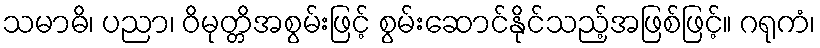
သမာဓိ၊ ပညာ၊ ဝိမုတ္တိအစွမ်းဖြင့် စွမ်းဆောင်နိုင်သည့်အဖြစ်ဖြင့်။ ဂရုကံ၊